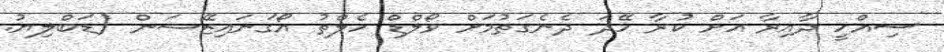
ސިއްހީ ދާއިރާ އަށް ކުރާ ހޭދަ ދެނެގަތުމަށް ވޯލްޑް ހެލްތު އޯގަނައިޒޭޝަން (ޑަބްލިޔު.